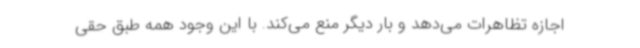
اجازه تظاهرات می‌دهد و بار دیگر منع می‌کند. با این وجود همه طبق حقی